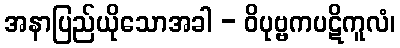
အနာပြည်ယိုသောအခါ - ဝိပုဗ္ဗကပဋိကူလံ၊